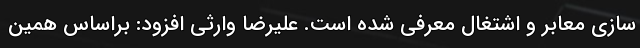
سازی معابر و اشتغال معرفی شده است. علیرضا وارثی افزود: براساس همین